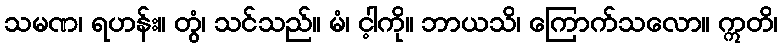
သမဏ၊ ရဟန်း။ တွံ၊ သင်သည်။ မံ၊ င့ါကို။ ဘာယသိ၊ ကြောက်သလော။ ဣတိ၊